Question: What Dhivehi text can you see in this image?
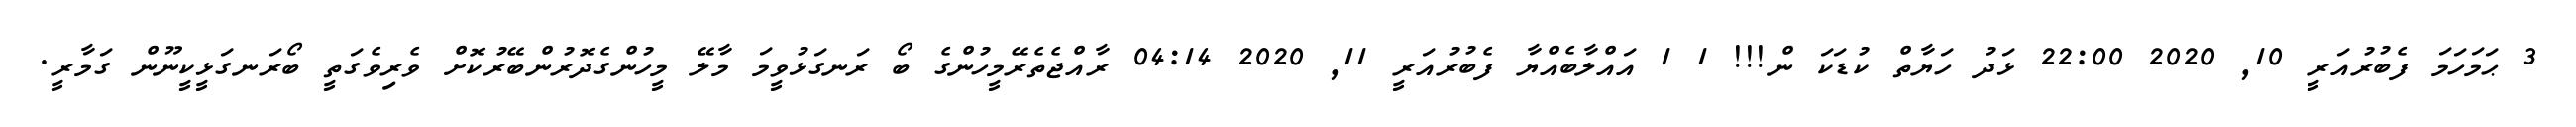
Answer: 3 ޙަމަހަމަ ފެބުރުއަރީ 10, 2020 22:00 ޅަދު ހަޔާތް ކުޑަކަ ން!!! 1 1 އައްލާބެއްޔާ ފެބުރުއަރީ 11, 2020 04:14 ރާއްޖެތެރޭމީހުންގެ ބޯ ރަނގަޅުވީމަ މާލޭ މީހުންގެދޮރުންބޭރުކޮށް ވެރިވެގަތީ ބޯރަނގަޅީކީނޫން ގަމާރީ.